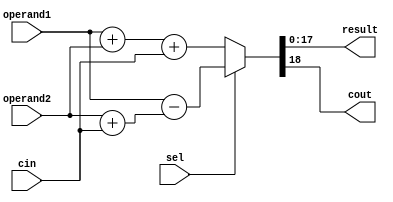
module Adder_Sub #(parameter WIDTH = 18)
(
	input wire  [WIDTH-1:0] operand1,
	input wire  [WIDTH-1:0] operand2,
	input wire 			    sel,
	input wire 				cin,
	output wire [WIDTH-1:0] result,
	output wire 			cout
);

	assign {cout, result} = (~sel) ? (operand1+operand2+cin) : (operand1-(operand2+cin)) ;
endmodule